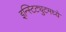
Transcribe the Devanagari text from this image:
इन्स्टिट्युटमध्ये